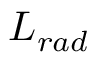
L _ { r a d }